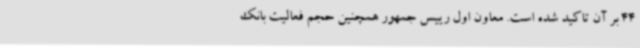
44 بر آن تاکید شده است. معاون اول رییس جمهور همچنین حجم فعالیت بانک